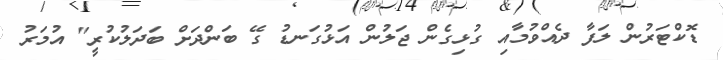
ޑޮކްޓަރުން ލަފާ ދެއްވުމާއި ގުޅިގެން ޖަލުން އަޅުގަނޑު ގޭ ބަންދަށް ބަދަލުކުރީ" އުމަރު